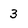
Character: 3